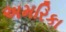
અમરિકા